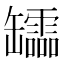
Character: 𦉢